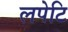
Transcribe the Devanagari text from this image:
लपेटि